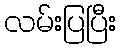
လမ်းပြပြီး